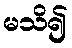
မသိ၍